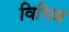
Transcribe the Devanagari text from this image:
विभिन्न